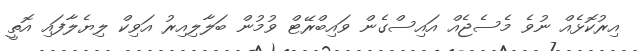
އިރުކޮޅެއް ނުވެ މެސެޖެއް އައިސްގެން ވައިބްރޭޓް ވުމުން ބަލާލިއިރު އަވިކް ލިޔެލާފައި އޮތީ